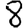
Digit: 8